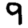
Digit: 9